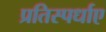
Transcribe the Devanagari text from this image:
प्रतिस्पर्धाए